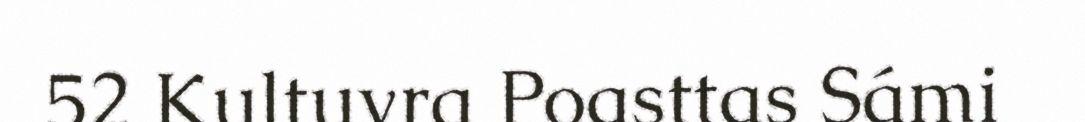
52 Kultuvra Poasttas Sámi